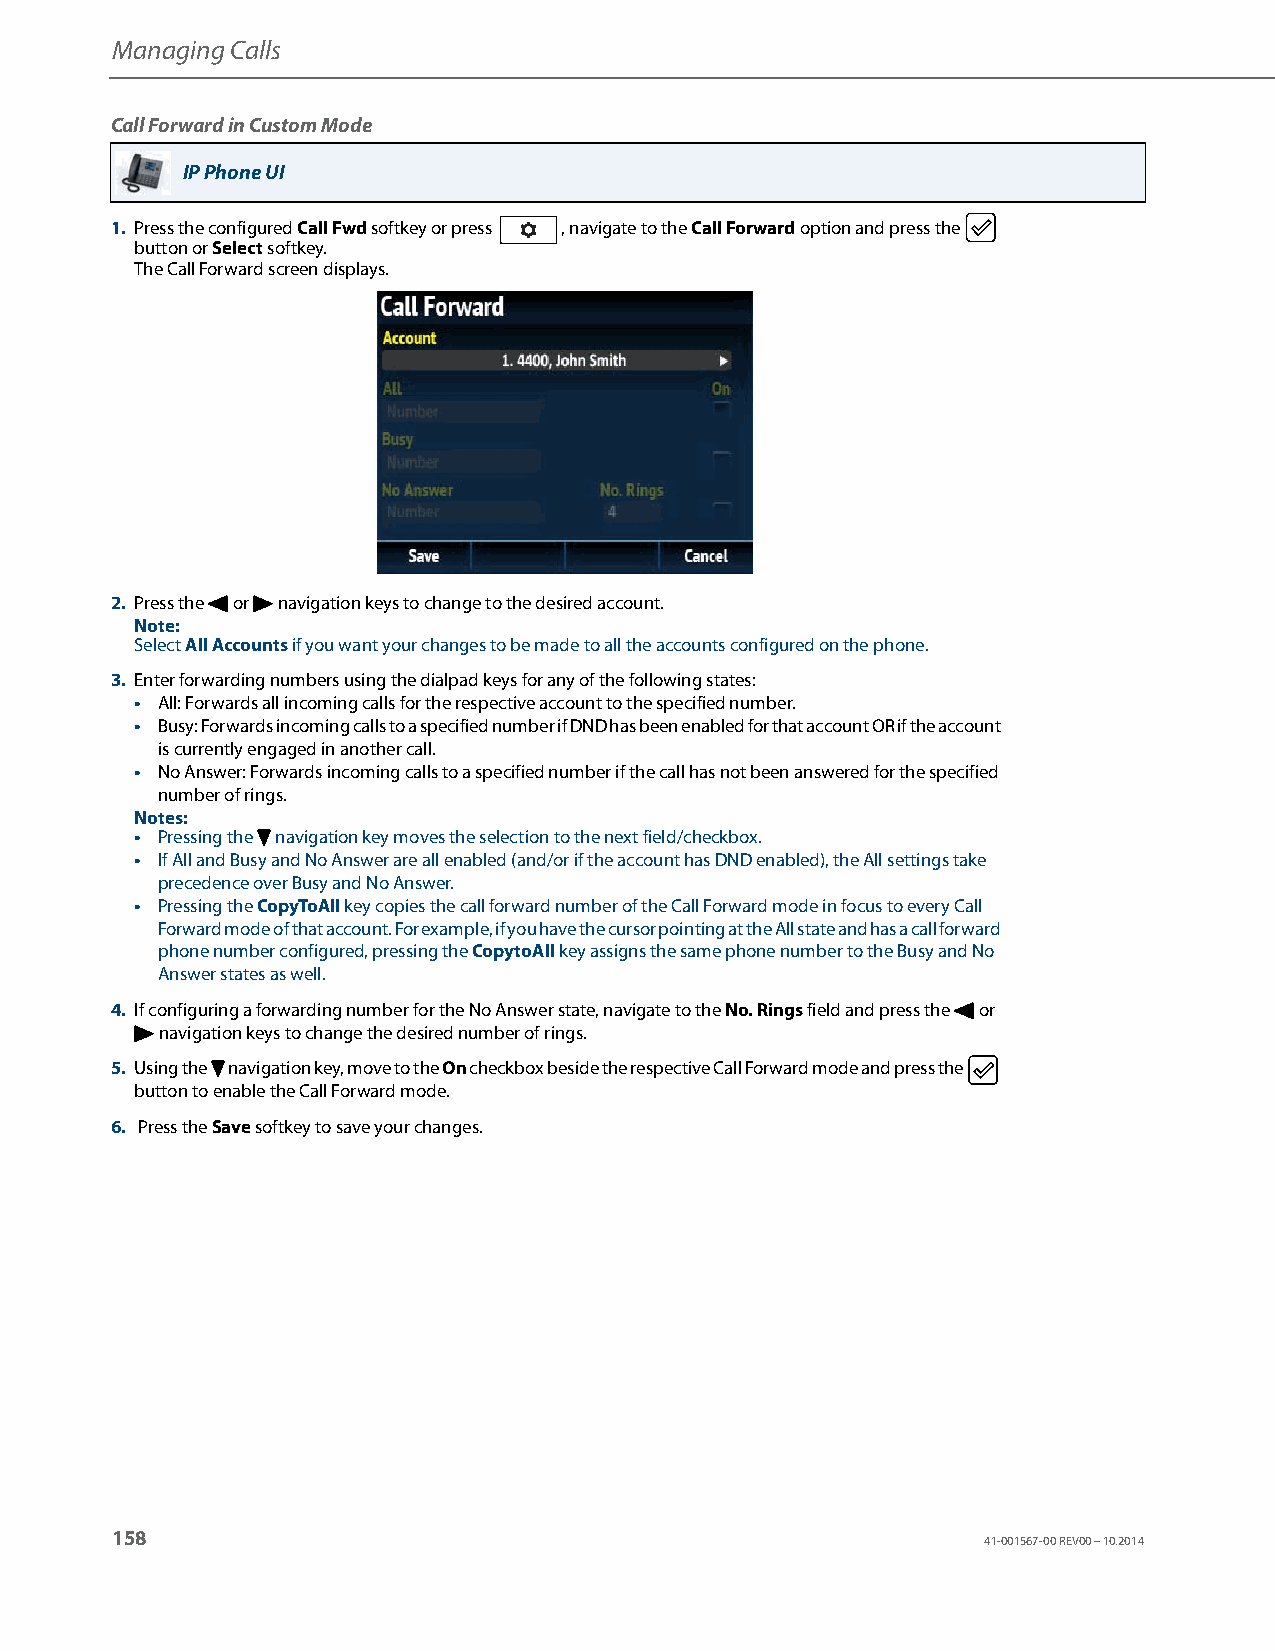
Managing Calls
 Call Forward in Custom Mode
 IP Phone UI
 1. Press the configured Call Fwd softkey or press , navigate to the Call Forward option and press the
 button or Select softkey.
 The Call Forward screen displays.
 2. Press the 3 or 4 navigation keys to change to the desired account.
 Note:
 Select All Accounts if you want your changes to be made to all the accounts configured on the phone.
 3. Enter forwarding numbers using the dialpad keys for any of the following states:
 • All: Forwards all incoming calls for the respective account to the specified number.
 • Busy: Forwards incoming calls to a specified number if DND has been enabled for that account OR if the account
 is currently engaged in another call.
 • No Answer: Forwards incoming calls to a specified number if the call has not been answered for the specified
 number of rings.
 Notes:
 • Pressing the 2 navigation key moves the selection to the next field/checkbox.
 • If All and Busy and No Answer are all enabled (and/or if the account has DND enabled), the All settings take
 precedence over Busy and No Answer.
 • Pressing the CopyToAll key copies the call forward number of the Call Forward mode in focus to every Call
 Forward mode of that account. For example, if you have the cursor pointing at the All state and has a call forward
 phone number configured, pressing the CopytoAll key assigns the same phone number to the Busy and No
 Answer states as well.
 4. If configuring a forwarding number for the No Answer state, navigate to the No. Rings field and press the 3 or
 4 navigation keys to change the desired number of rings.
 5. Using the 2 navigation key, move to the On checkbox beside the respective Call Forward mode and press the
 button to enable the Call Forward mode.
 6. Press the Save softkey to save your changes.
 158
 41-001567-00 REV00 – 10.2014